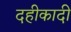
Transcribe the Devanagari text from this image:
दहीकादी